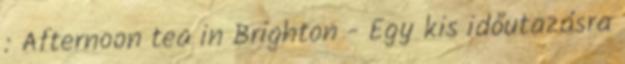
: Afternoon tea in Brighton - Egy kis időutazásra